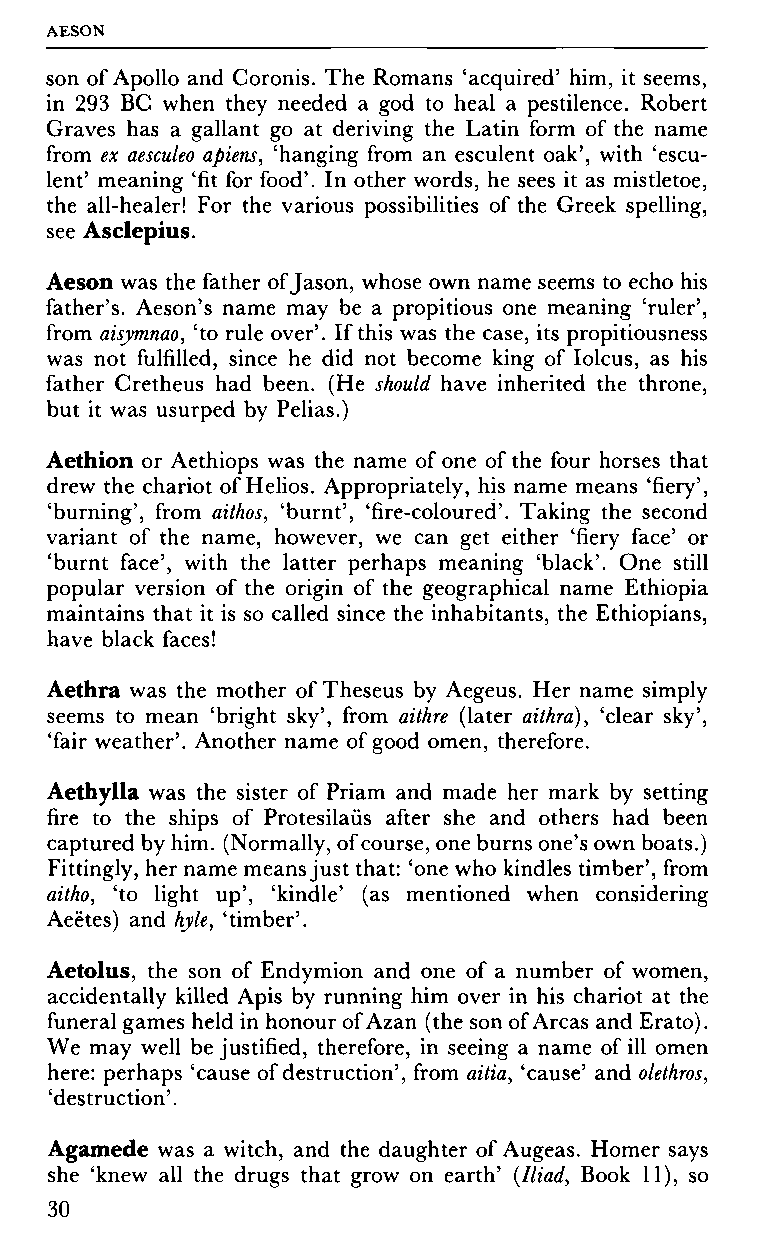
AESON
 son of Apollo and Coronis. The Romans 'acquired' him, it seems,
 in 293 BC when they needed a god to heal a pestilence. Robert
 Graves has a gallant go at deriving the Latin form of the name
 from ex aesculeo apiens, 'hanging from an esculent oak', with 'escu
 lent' meaning 'fit for food'. In other words, he sees it as mistletoe,
 the all-healer! For the various possibilities of the Greek spelling,
 see Asclepius.
 Aeson was the father of Jason, whose own name seems to echo his
 father's. Aeson's name may be a propitious one meaning 'ruler',
 from aisymnao, 'to rule over'. If this was the case, its propitiousness
 was not fulfilled, since he did not become king of Iolcus, as his
 father Cretheus had been. (He should have inherited the throne,
 but it was usurped by Pelias.)
 Aethion or Aethiops was the name of one of the four horses that
 drew the chariot of Helios. Appropriately, his name means 'fiery',
 'burning', from aithos, 'burnt', 'fire-coloured'. Taking the second
 variant of the name, however, we can get either 'fiery face' or
 'burnt face', with the latter perhaps meaning 'black'. One still
 popular version of the origin of the geographical name Ethiopia
 maintains that it is so called since the inhabitants, the Ethiopians,
 have black faces!
 Aethra was the mother of Theseus by Aegeus. Her name simply
 seems to mean 'bright sky', from aithre (later aithra), 'clear sky',
 'fair weather'. Another name of good omen, therefore.
 Aethylla was the sister of Priam and made her mark by setting
 fire to the ships of Protesilaüs after she and others had been
 captured by him. (Normally, of course, one burns one's own boats.)
 Fittingly, her name means just that: 'one who kindles timber', from
 aitho, 'to light up', 'kindle' (as mentioned when considering
 Aeëtes) and hyle, 'timber'.
 Aetolus, the son of Endymion and one of a number of women,
 accidentally killed Apis by running him over in his chariot at the
 funeral games held in honour of Azan (the son of Areas and Erato).
 We may well be justified, therefore, in seeing a name of ill omen
 here: perhaps 'cause of destruction', from aitia, 'cause' and olethros,
 'destruction'.
 Agamede was a witch, and the daughter of Augeas. Homer says
 she 'knew all the drugs that grow on earth' (Iliad, Book 11), so
 30